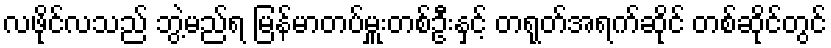
လဖိုင်လသည် ဘွဲ့မည်ရ မြန်မာတပ်မှူးတစ်ဦးနှင့် တရုတ်အရက်ဆိုင် တစ်ဆိုင်တွင်